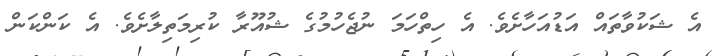
އެ ޝަކުވާތައް އަޑުއަހާށެވެ. އެ ހިތްހަމަ ނުޖެހުމުގެ ޝުއޫރާ ކުރިމަތިލާށެވެ. އެ ކަންކަން